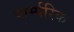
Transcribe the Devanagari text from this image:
पार्म्परिक